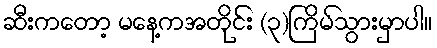
ဆီးကတော့ မနေ့ကအတိုင်း (၃)ကြိမ်သွားမှာပါ။